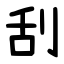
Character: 刮